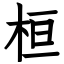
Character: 桓